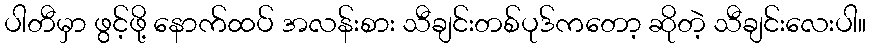
ပါတီမှာ ဖွင့်ဖို့ နောက်ထပ် အလန်းစား သီချင်းတစ်ပုဒ်ကတော့ ဆိုတဲ့ သီချင်းလေးပါ။